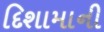
દિશામાની